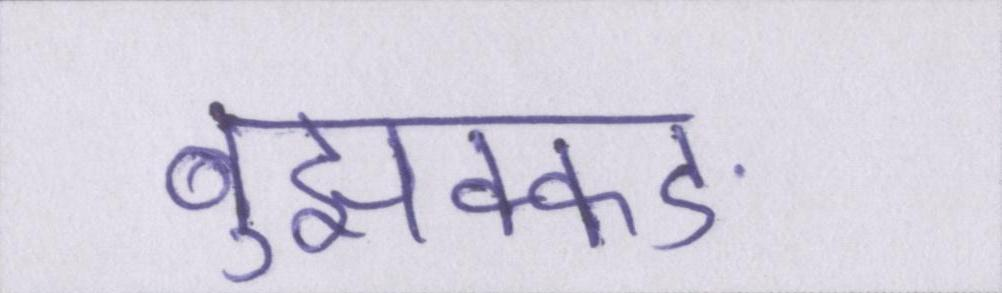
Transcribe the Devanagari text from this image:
बुझक्कङ